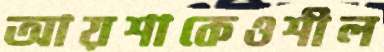
আয়শাকেওশীল